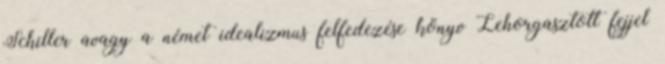
Schiller avagy a német idealizmus felfedezése könyv Lehorgasztott fejjel